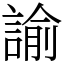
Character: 諭